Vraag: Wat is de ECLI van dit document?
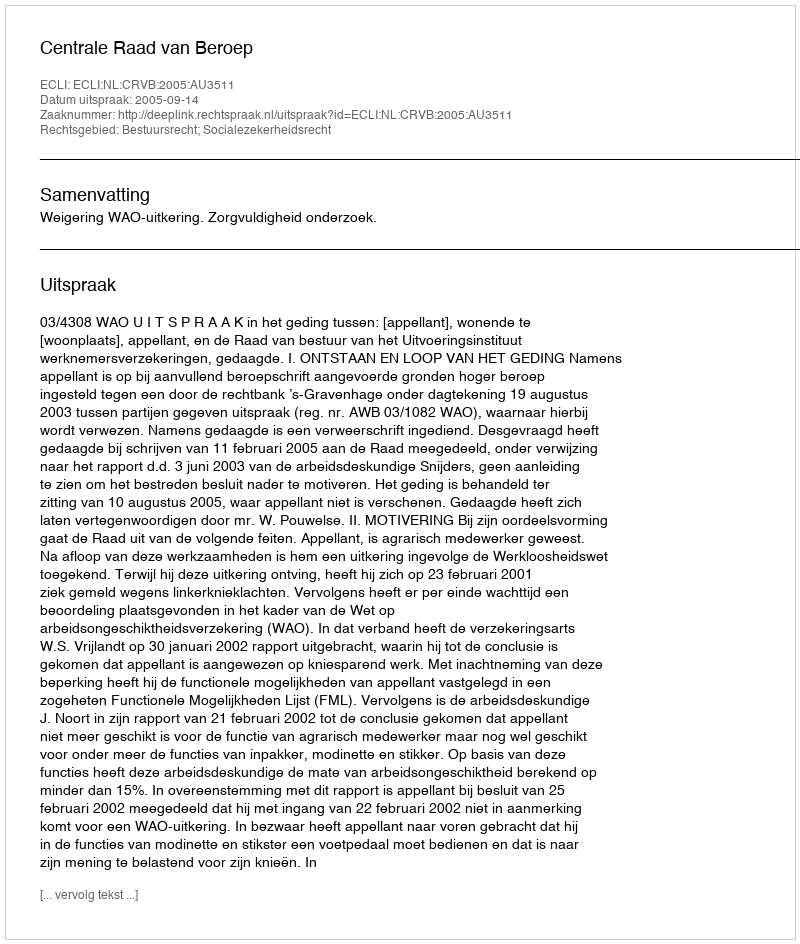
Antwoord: ECLI:NL:CRVB:2005:AU3511